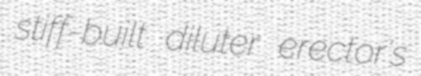
stiff-built diluter erector's